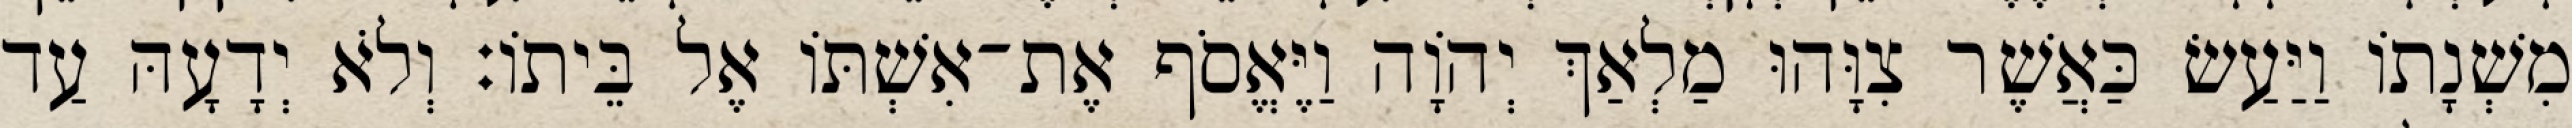
מִשְׁנָתוֹ וַיַּעַשׂ כַּאֲשֶׁר צִוָּהוּ מַלְאַךְ יְהוָֹה וַיֶּאֱסֹף אֶת־אִשְׁתּוֹ אֶל בֵּיתוֹ׃ וְלֹא יְדָעָהּ עַד